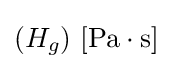
(H_{g})\ \mathrm {[Pa\cdot s]}